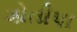
ગોતીપા